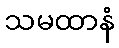
သမထာနံ